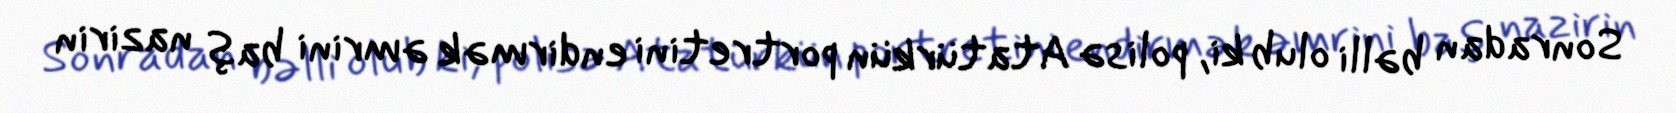
Sonradan bəlli olub ki, polisə Atatürkün portretini endirmək əmrini baş nazirin